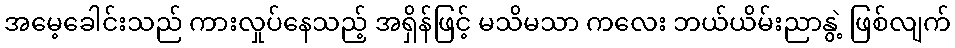
အမေ့ခေါင်းသည် ကားလှုပ်နေသည့် အရှိန်ဖြင့် မသိမသာ ကလေး ဘယ်ယိမ်းညာနွဲ့ ဖြစ်လျက်